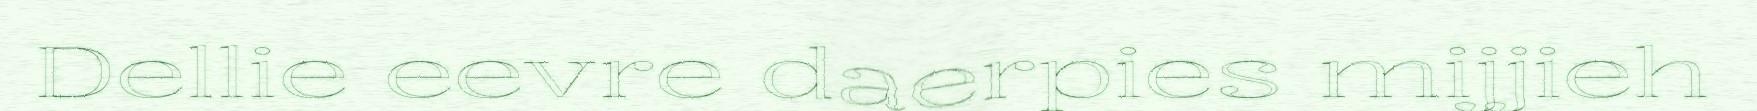
Dellie eevre daerpies mijjieh